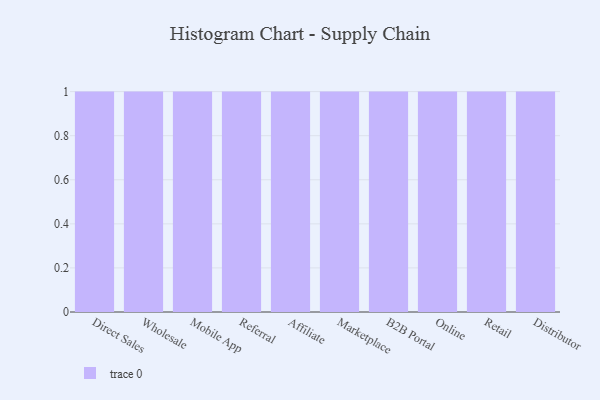
{"axis": {"x": "Channel", "y": "Active Users"}, "legend": [""], "data": [{"x": "Direct Sales", "y": 93, "type": ""}, {"x": "Wholesale", "y": 91, "type": ""}, {"x": "Mobile App", "y": 96, "type": ""}, {"x": "Referral", "y": 48, "type": ""}, {"x": "Affiliate", "y": 70, "type": ""}, {"x": "Marketplace", "y": 64, "type": ""}, {"x": "B2B Portal", "y": 30, "type": ""}, {"x": "Online", "y": 73, "type": ""}, {"x": "Retail", "y": 78, "type": ""}, {"x": "Distributor", "y": 76, "type": ""}]}